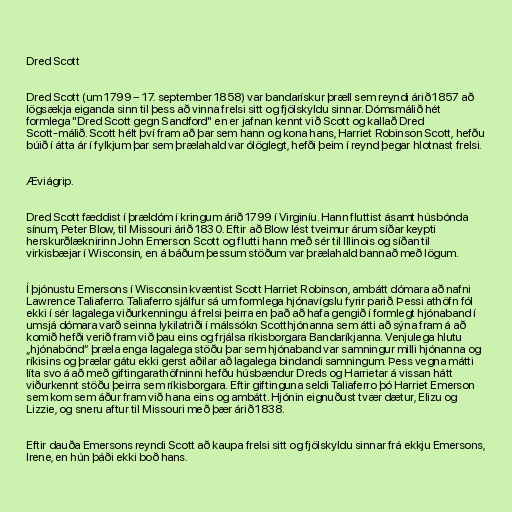
Dred Scott

Dred Scott (um 1799 – 17. september 1858) var bandarískur þræll sem reyndi árið 1857 að
lögsækja eiganda sinn til þess að vinna frelsi sitt og fjölskyldu sinnar. Dómsmálið hét
formlega "Dred Scott gegn Sandford" en er jafnan kennt við Scott og kallað Dred
Scott-málið. Scott hélt því fram að þar sem hann og kona hans, Harriet Robinson Scott, hefðu
búið í átta ár í fylkjum þar sem þrælahald var ólöglegt, hefði þeim í reynd þegar hlotnast frelsi.

Æviágrip.

Dred Scott fæddist í þrældóm í kringum árið 1799 í Virginíu. Hann fluttist ásamt húsbónda
sínum, Peter Blow, til Missouri árið 1830. Eftir að Blow lést tveimur árum síðar keypti
herskurðlæknirinn John Emerson Scott og flutti hann með sér til Illinois og síðan til
virkisbæjar í Wisconsin, en á báðum þessum stöðum var þrælahald bannað með lögum.

Í þjónustu Emersons í Wisconsin kvæntist Scott Harriet Robinson, ambátt dómara að nafni
Lawrence Taliaferro. Taliaferro sjálfur sá um formlega hjónavígslu fyrir parið. Þessi athöfn fól
ekki í sér lagalega viðurkenningu á frelsi þeirra en það að hafa gengið í formlegt hjónaband í
umsjá dómara varð seinna lykilatriði í málssókn Scotthjónanna sem átti að sýna fram á að
komið hefði verið fram við þau eins og frjálsa ríkisborgara Bandaríkjanna. Venjulega hlutu
„hjónabönd“ þræla enga lagalega stöðu þar sem hjónaband var samningur milli hjónanna og
ríkisins og þrælar gátu ekki gerst aðilar að lagalega bindandi samningum. Þess vegna mátti
líta svo á að með giftingarathöfninni hefðu húsbændur Dreds og Harrietar á vissan hátt
viðurkennt stöðu þeirra sem ríkisborgara. Eftir giftinguna seldi Taliaferro þó Harriet Emerson
sem kom sem áður fram við hana eins og ambátt. Hjónin eignuðust tvær dætur, Elizu og
Lizzie, og sneru aftur til Missouri með þær árið 1838.

Eftir dauða Emersons reyndi Scott að kaupa frelsi sitt og fjölskyldu sinnar frá ekkju Emersons,
Irene, en hún þáði ekki boð hans.